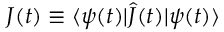
J ( t ) \equiv \langle \psi ( t ) | \hat { J } ( t ) | \psi ( t ) \rangle